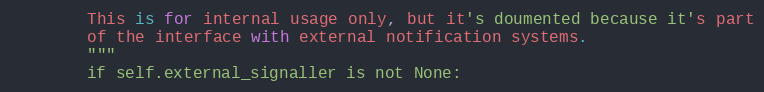
Language: Python
        This is for internal usage only, but it's doumented because it's part
        of the interface with external notification systems.
        """
        if self.external_signaller is not None: